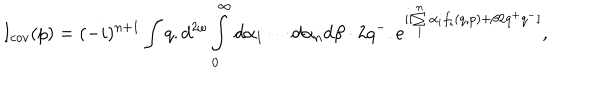
I _ { c o v } ( p ) = ( - i ) ^ { n + 1 } \int q . d ^ { 2 \omega } \int _ { 0 } ^ { \infty } d \alpha _ { 1 } \cdots d \alpha _ { n } d \beta \cdot 2 q ^ { - } . e ^ { i [ \sum _ { 1 } ^ { n } \alpha _ { i } f _ { i } ( q , p ) + \beta 2 q ^ { + } q ^ { - } ] } ,